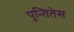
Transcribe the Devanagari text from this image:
पुन्तितेस